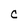
Character: C